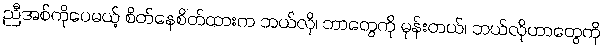
ညီအစ်ကိုပေမယ့် စိတ်နေစိတ်ထားက ဘယ်လို၊ ဘာတွေကို မုန်းတယ်၊ ဘယ်လိုဟာတွေကို